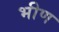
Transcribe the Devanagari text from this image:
भीण